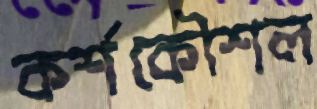
কর্শকৌশল